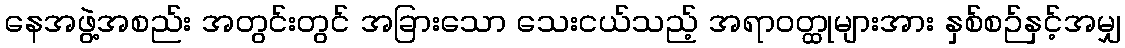
နေအဖွဲ့အစည်း အတွင်းတွင် အခြားသော သေးငယ်သည့် အရာဝတ္ထုများအား နှစ်စဉ်နှင့်အမျှ